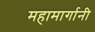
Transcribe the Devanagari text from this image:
महामार्गानी